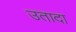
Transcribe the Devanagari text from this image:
उतादा